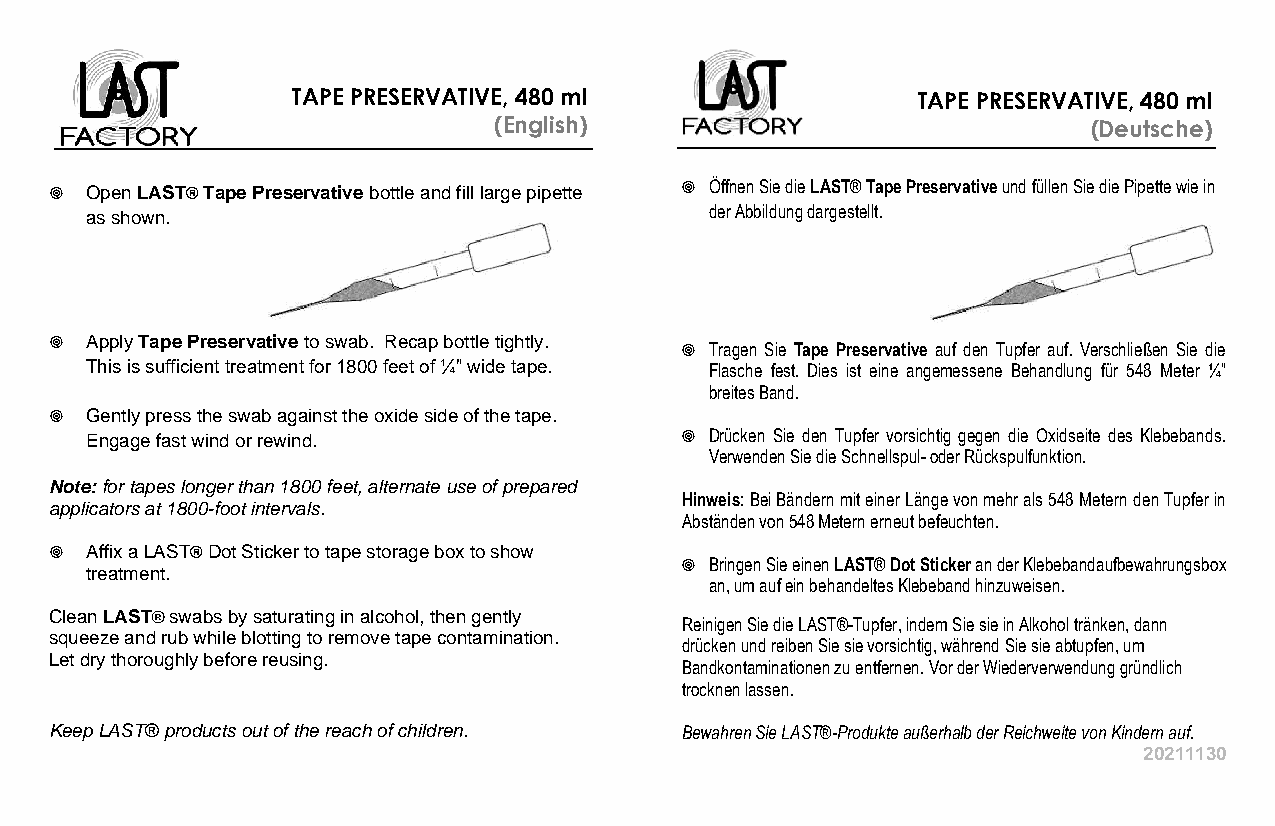
TAPE PRESERVATIVE, 480 ml                 TAPE PRESERVATIVE, 480 ml
 (English)                              (Deutsche)
   Open LAST® Tape Preservative bottle and fill large pipette  Öffnen Sie die LAST® Tape Preservative und füllen Sie die Pipette wie in
 as shown.                                der Abbildung dargestellt.
   Apply Tape Preservative to swab. Recap bottle tightly.
  Tragen Sie Tape Preservative auf den Tupfer auf. Verschließen Sie die
 This is sufficient treatment for 1800 feet of ¼” wide tape. Flasche fest. Dies ist eine angemessene Behandlung für 548 Meter ¼”
 breites Band.
   Gently press the swab against the oxide side of the tape.
 Engage fast wind or rewind.             Drücken Sie den Tupfer vorsichtig gegen die Oxidseite des Klebebands.
 Verwenden Sie die Schnellspul- oder Rückspulfunktion.
 Note: for tapes longer than 1800 feet, alternate use of prepared
 Hinweis: Bei Bändern mit einer Länge von mehr als 548 Metern den Tupfer in
 applicators at 1800-foot intervals.
 Abständen von 548 Metern erneut befeuchten.
   Affix a LAST® Dot Sticker to tape storage box to show
  Bringen Sie einen LAST® Dot Sticker an der Klebebandaufbewahrungsbox
 treatment.
 an, um auf ein behandeltes Klebeband hinzuweisen.
 Clean LAST® swabs by saturating in alcohol, then gently
 Reinigen Sie die LAST®-Tupfer, indem Sie sie in Alkohol tränken, dann
 squeeze and rub while blotting to remove tape contamination.
 drücken und reiben Sie sie vorsichtig, während Sie sie abtupfen, um
 Let dry thoroughly before reusing.
 Bandkontaminationen zu entfernen. Vor der Wiederverwendung gründlich
 trocknen lassen.
 Keep LAST® products out of the reach of children. Bewahren Sie LAST®-Produkte außerhalb der Reichweite von Kindern auf.
 20211130